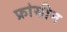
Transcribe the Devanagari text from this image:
फ्रांसीन